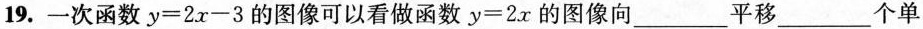
19.一次函数$$y = 2 x - 3$$的图像可以看做函数$$y = 2 x$$的图像向_____平移_____个单